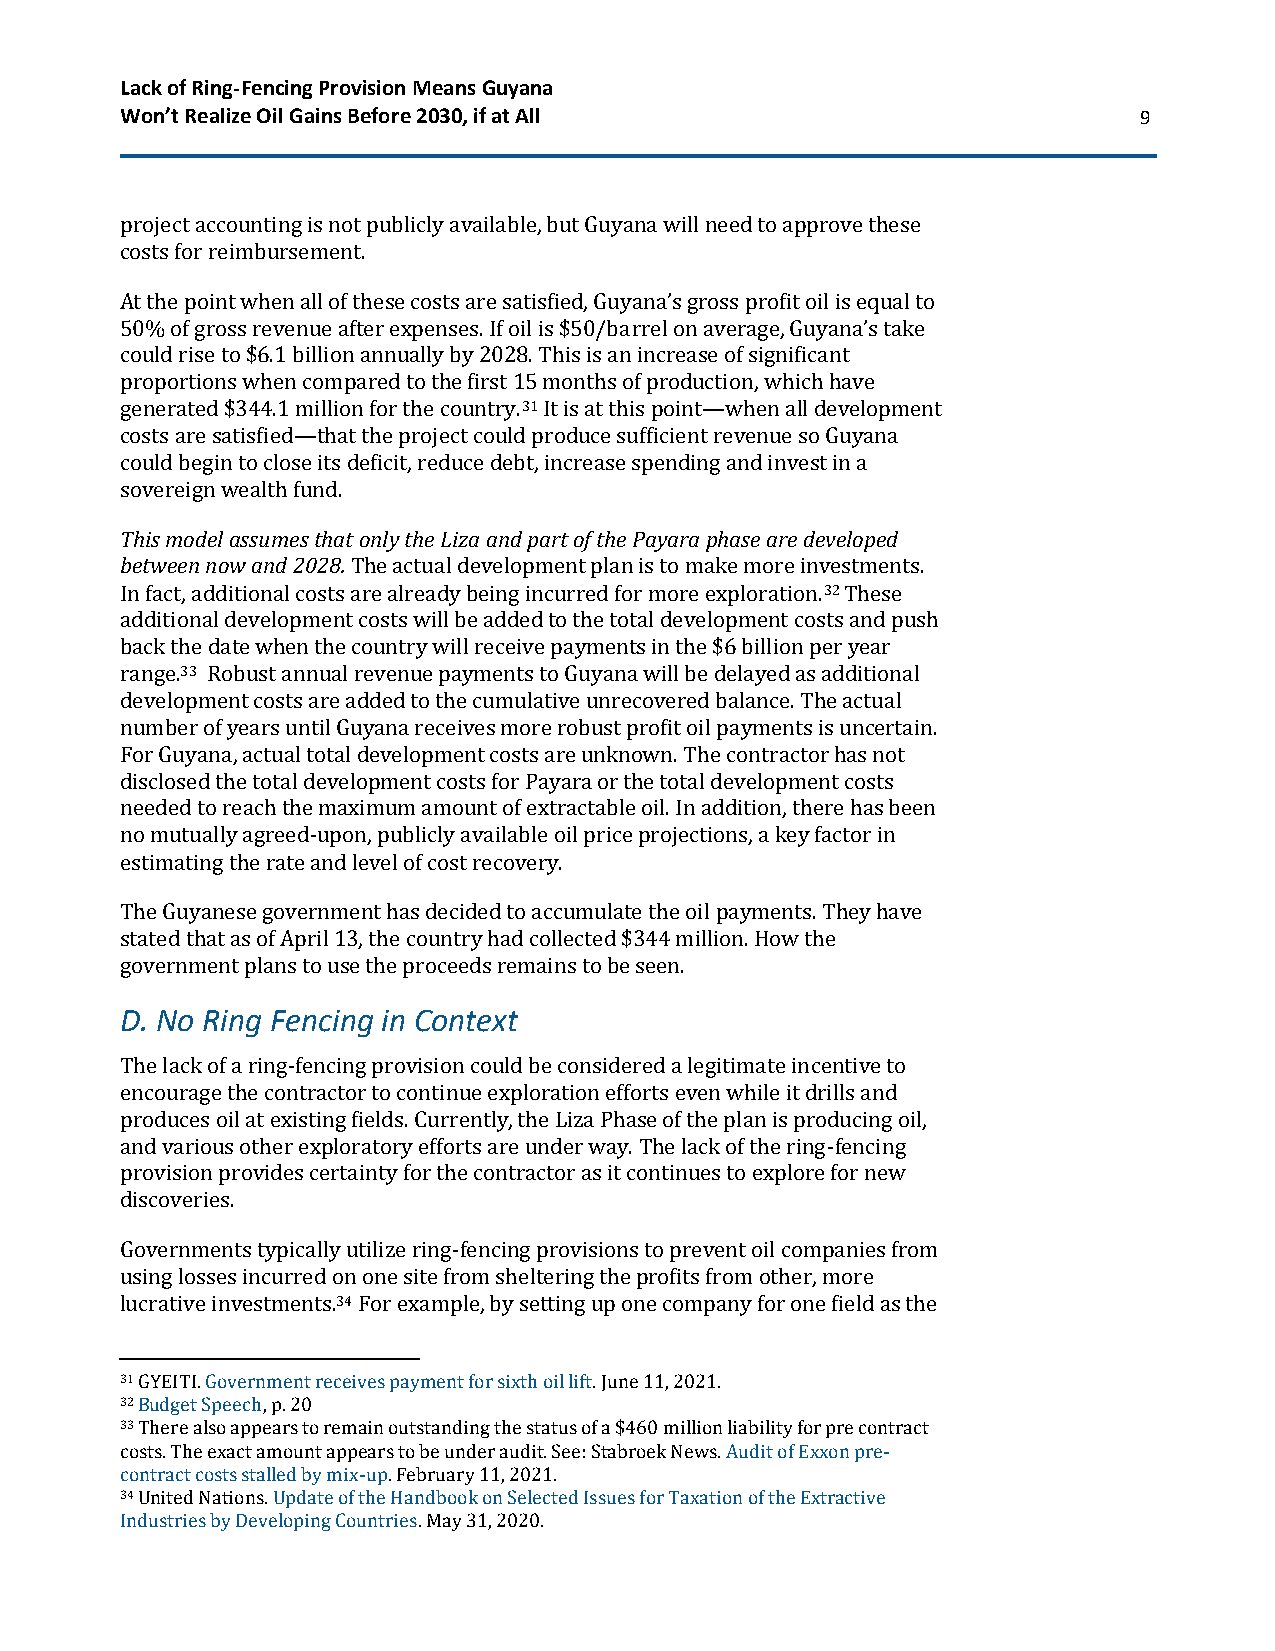
Lack of Ring-Fencing Provision Means Guyana
 Won’t Realize Oil Gains Before 2030, if at All                     9
 project accounting is not publicly available, but Guyana will need to approve these
 costs for reimbursement.
 At the point when all of these costs are satisfied, Guyana’s gross profit oil is equal to
 50% of gross revenue after expenses. If oil is $50/barrel on average, Guyana’s take
 could rise to $6.1 billion annually by 2028. This is an increase of significant
 proportions when compared to the first 15 months of production, which have
 generated $344.1 million for the country.31 It is at this point—when all development
 costs are satisfied—that the project could produce sufficient revenue so Guyana
 could begin to close its deficit, reduce debt, increase spending and invest in a
 sovereign wealth fund.
 This model assumes that only the Liza and part of the Payara phase are developed
 between now and 2028. The actual development plan is to make more investments.
 In fact, additional costs are already being incurred for more exploration.32 These
 additional development costs will be added to the total development costs and push
 back the date when the country will receive payments in the $6 billion per year
 range.33 Robust annual revenue payments to Guyana will be delayed as additional
 development costs are added to the cumulative unrecovered balance. The actual
 number of years until Guyana receives more robust profit oil payments is uncertain.
 For Guyana, actual total development costs are unknown. The contractor has not
 disclosed the total development costs for Payara or the total development costs
 needed to reach the maximum amount of extractable oil. In addition, there has been
 no mutually agreed-upon, publicly available oil price projections, a key factor in
 estimating the rate and level of cost recovery.
 The Guyanese government has decided to accumulate the oil payments. They have
 stated that as of April 13, the country had collected $344 million. How the
 government plans to use the proceeds remains to be seen.
 D. No Ring Fencing in Context
 The lack of a ring-fencing provision could be considered a legitimate incentive to
 encourage the contractor to continue exploration efforts even while it drills and
 produces oil at existing fields. Currently, the Liza Phase of the plan is producing oil,
 and various other exploratory efforts are under way. The lack of the ring-fencing
 provision provides certainty for the contractor as it continues to explore for new
 discoveries.
 Governments typically utilize ring-fencing provisions to prevent oil companies from
 using losses incurred on one site from sheltering the profits from other, more
 lucrative investments.34 For example, by setting up one company for one field as the
 31 GYEITI. Government receives payment for sixth oil lift. June 11, 2021.
 32 Budget Speech, p. 20
 33 There also appears to remain outstanding the status of a $460 million liability for pre contract
 costs. The exact amount appears to be under audit. See: Stabroek News. Audit of Exxon pre-
 contract costs stalled by mix-up. February 11, 2021.
 34 United Nations. Update of the Handbook on Selected Issues for Taxation of the Extractive
 Industries by Developing Countries. May 31, 2020.